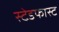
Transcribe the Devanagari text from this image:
स्टेडफास्ट